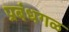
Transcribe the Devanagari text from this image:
प्रबंधगळ